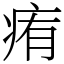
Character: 痏